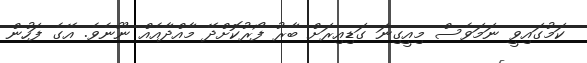
ކަމުގައިވީ ނަމަވެސް މިއީގިނަ ގަޑިއިރަށް ބާރު ފޯރުކޮށްދޭ މާއްދާއެއް ނޫނެވެ. އޭގެ ފަހުން